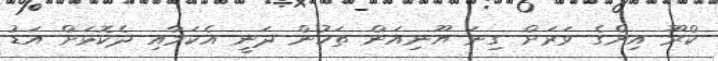
ކްރޫ އިންގެ ވަރަށް ގިނަ ޔޫނިއަން ތަކުން ދަނީ އެކަމާއި ދެކޮޅަށް އަޑު